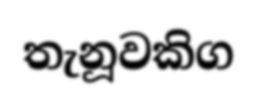
තැනූවකිග